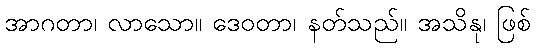
အာဂတာ၊ လာသော။ ဒေဝတာ၊ နတ်သည်။ အသိနု၊ ဖြစ်